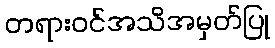
တရားဝင်အသိအမှတ်ပြု